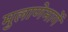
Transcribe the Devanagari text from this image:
मुलाणेमार्गे